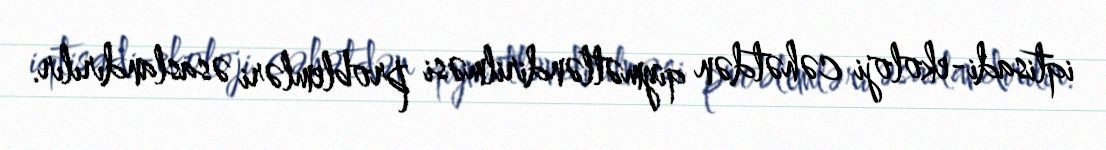
iqtisadi-ekoloji cəhətdən qiymətləndirilməsi problemləri əsaslandırılır.